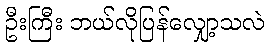
ဦးကြီး ဘယ်လိုပြန်လျှော့သလဲ